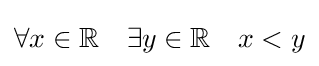
\forall x\in \mathbb {R} \quad \exists y\in \mathbb {R} \quad x<y